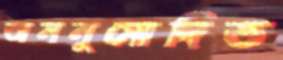
অননুমোদিত